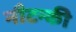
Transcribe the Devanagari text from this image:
नौटन्की